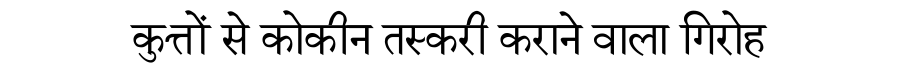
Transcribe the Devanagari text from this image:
कुत्तों से कोकीन तस्करी कराने वाला गिरोह